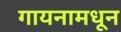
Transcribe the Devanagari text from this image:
गायनामधून